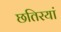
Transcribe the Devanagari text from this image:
छतिरयां